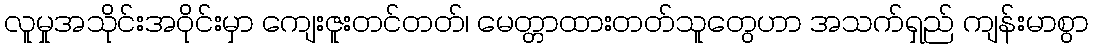
လူမှုအသိုင်းအဝိုင်းမှာ ကျေးဇူးတင်တတ်၊ မေတ္တာထားတတ်သူတွေဟာ အသက်ရှည် ကျန်းမာစွာ